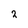
Character: 2